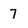
Character: 7